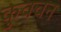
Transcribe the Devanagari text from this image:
कुवचन